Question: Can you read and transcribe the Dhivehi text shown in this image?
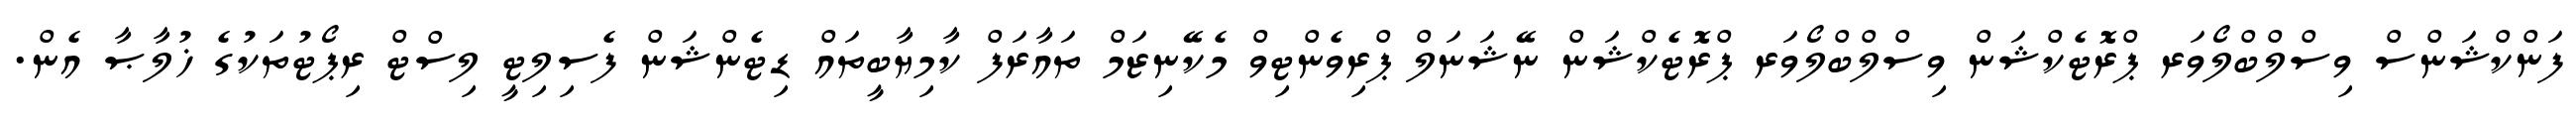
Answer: ފަންކްޝަންސް ވިސްލްބްލޯވަރ ޕްރޮޓެކްޝަން ވިސްލްބްލޯވަރ ޕްރޮޓެކްޝަން ނޭޝަނަލް ޕްރިވެންޓިވް މެކޭނިޒަމް ތައާރަފް ކާމިޔާބީތައް ޑިޓެންޝަން ފެސިލިޓީ ލިސްޓް ރިޕޯޓުތަކުގެ ޚުލާޞާ އެން.